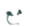
مع